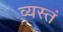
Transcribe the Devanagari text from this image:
व्यस्तं